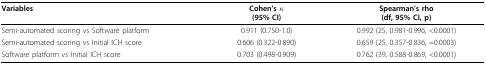
<table><thead><tr><td><b>Variables</b></td><td><b>Cohen’s κ(95% CI)</b></td><td><b>Spearman’s rho(df, 95% CI, p)</b></td></tr></thead><tbody><tr><td>Semi-automated scoring vs Software platform</td><td>0.911 (0.750-1.0)</td><td>0.992 (25, 0.981-0.996, &lt;0.0001)</td></tr><tr><td>Semi-automated scoring vs Initial ICH score</td><td>0.606 (0.322-0.890)</td><td>0.659 (25, 0.357-0.836, =0.0003)</td></tr><tr><td>Software platform vs Initial ICH score</td><td>0.703 (0.498-0.909)</td><td>0.762 (39, 0.588-0.869, &lt;0.0001)</td></tr></tbody></table>